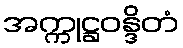
အက္ကုဋ္ဌဝန္ဒိတံ